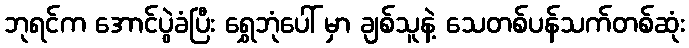
ဘုရင်က အောင်ပွဲခံပြီး ရွှေဘုံပေါ် မှာ ချစ်သူနဲ့ သေတစ်ပန်သက်တစ်ဆုံး